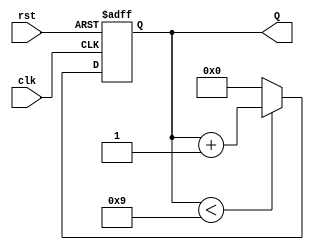
module decade_counter (
    input wire clk,       // Clock input
    input wire rst,       // Asynchronous reset
    output reg [3:0] Q    // 4-bit output for the count value
);

    // Sequential logic for counting
    always @(posedge clk or posedge rst) begin
        if (rst) begin
            // Asynchronous reset to 0
            Q <= 4'b0000;
        end else begin
            // Counting logic
            if (Q < 4'b1001) begin
                Q <= Q + 1;  // Increment count
            end else begin
                Q <= 4'b0000; // Reset to 0 after reaching 9
            end
        end
    end

endmodule